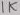
Text: 1K